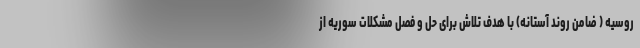
روسیه ( ضامن روند آستانه) با هدف تلاش برای حل و فصل مشکلات سوریه از